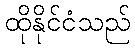
ထိုနိုင်ငံသည်